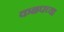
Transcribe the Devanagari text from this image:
कळपच्या